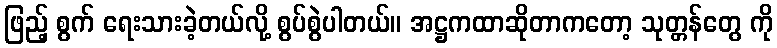
ဖြည့် စွက် ရေးသားခဲ့တယ်လို့ စွပ်စွဲပါတယ်။ အဋ္ဌကထာဆိုတာကတော့ သုတ္တန်တွေ ကို